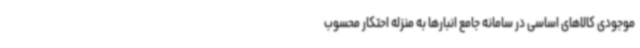
موجودی کالاهای اساسی در سامانه جامع انبارها به منزله احتکار محسوب